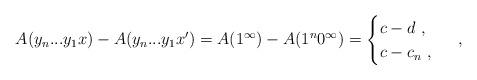
LaTeX: \begin{align*}A(y_n...y_1x) - A(y_n...y_1x') = A(1^\infty) - A(1^n 0^\infty) = \begin{cases}c - d \ , \\c - c_n \ , \end{cases} \ ,\end{align*}